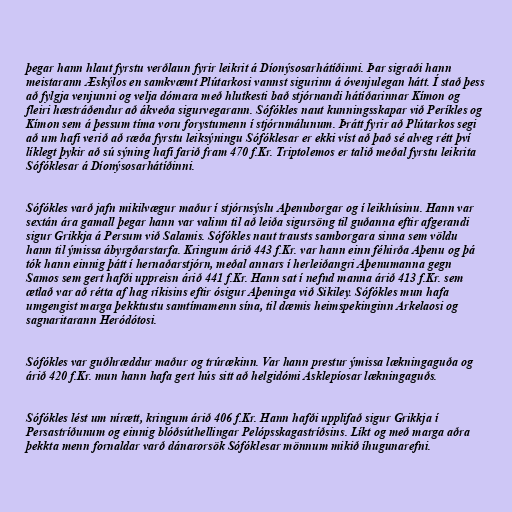
þegar hann hlaut fyrstu verðlaun fyrir leikrit á Díonýsosarhátíðinni. Þar sigraði hann
meistarann Æskýlos en samkvæmt Plútarkosi vannst sigurinn á óvenjulegan hátt. Í stað þess
að fylgja venjunni og velja dómara með hlutkesti bað stjórnandi hátíðarinnar Kímon og
fleiri hæstráðendur að ákveða sigurvegarann. Sófókles naut kunningsskapar við Períkles og
Kímon sem á þessum tíma voru forystumenn í stjórnmálunum. Þrátt fyrir að Plútarkos segi
að um hafi verið að ræða fyrstu leiksýningu Sófóklesar er ekki víst að það sé alveg rétt því
líklegt þykir að sú sýning hafi farið fram 470 f.Kr. Triptolemos er talið meðal fyrstu leikrita
Sófóklesar á Díonýsosarhátíðinni.

Sófókles varð jafn mikilvægur maður í stjórnsýslu Aþenuborgar og í leikhúsinu. Hann var
sextán ára gamall þegar hann var valinn til að leiða sigursöng til guðanna eftir afgerandi
sigur Grikkja á Persum við Salamis. Sófókles naut trausts samborgara sinna sem völdu
hann til ýmissa ábyrgðarstarfa. Kringum árið 443 f.Kr. var hann einn féhirða Aþenu og þá
tók hann einnig þátt í hernaðarstjórn, meðal annars í herleiðangri Aþenumanna gegn
Samos sem gert hafði uppreisn árið 441 f.Kr. Hann sat í nefnd manna árið 413 f.Kr. sem
ætlað var að rétta af hag ríkisins eftir ósigur Aþeninga við Sikiley. Sófókles mun hafa
umgengist marga þekktustu samtímamenn sína, til dæmis heimspekinginn Arkelaosi og
sagnaritarann Heródótosi.

Sófókles var guðhræddur maður og trúrækinn. Var hann prestur ýmissa lækningaguða og
árið 420 f.Kr. mun hann hafa gert hús sitt að helgidómi Asklepíosar lækningaguðs.

Sófókles lést um nírætt, kringum árið 406 f.Kr. Hann hafði upplifað sigur Grikkja í
Persastríðunum og einnig blóðsúthellingar Pelópsskagastríðsins. Líkt og með marga aðra
þekkta menn fornaldar varð dánarorsök Sófóklesar mönnum mikið íhugunarefni.